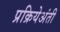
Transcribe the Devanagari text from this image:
प्रक्रियेअंती